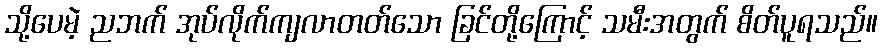
သို့ပေမဲ့ ညဘက် အုပ်လိုက်ကျလာတတ်သော ခြင်တို့ကြောင့် သမီးအတွက် စိတ်ပူရသည်။